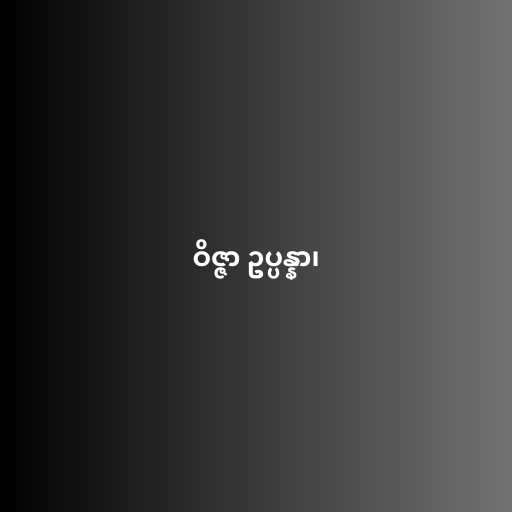
ဝိဇ္ဇာ ဥပ္ပန္နာ၊